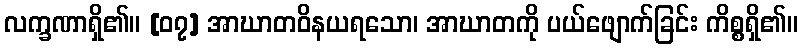
လက္ခဏာရှိ၏။ [၀၇] အာဃာတဝိနယရသော၊ အာဃာတကို ပယ်ဖျောက်ခြင်း ကိစ္စရှိ၏။